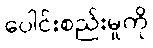
ပေါင်းစည်းမှုကို